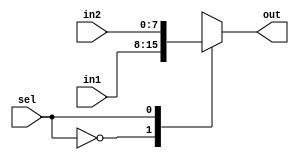

module mux2_1 #(parameter N = 8) (sel,in1,in2,out);
input sel;
input [N-1:0] in1,in2;
output reg [N-1:0] out;

always@(*)
 begin
  case(sel)
     1'b0   :       out = in1;
     1'b1   :       out = in2;
     default :      out = in2;
  endcase
 end

endmodule